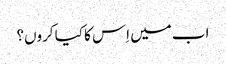
اب میں اِس کا کیا کروں؟